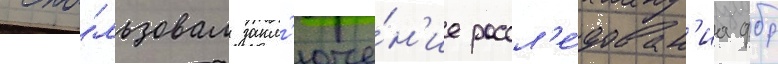
испо́льзовал закл'юче́н'ие рассл'е́дован'иа фбр